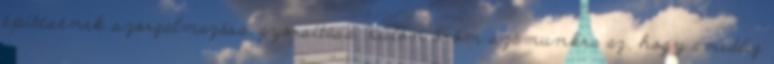
építésének szorgalmazása, gyorsítása. Külön öröm számunkra az, hogy ameddig